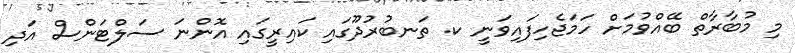
މި މުބާރާތް ބޭއްވުމަށް ހަމަޖެހިފައިވަނީ ކ. ތަނބުރުދޫގައި ކައިރީގައި އޮންނަ ސަލްޓަންސް އަދި